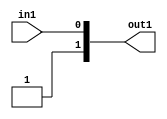
`timescale 1ps / 1ps
/*****************************************************************************
    Verilog RTL Description
    
    
    Created by: Stratus DpOpt 21.05.01 
*******************************************************************************/

module dut_entirecomputation_4 (
	in1,
	out1
	); /* architecture "behavioural" */ 
input  in1;
output [1:0] out1;
wire [1:0] asc003;

assign asc003 = {1'B1,in1};

assign out1 = asc003;
endmodule

/* CADENCE  urb5TAE= : u9/ySxbfrwZIxEzHVQQV8Q== ** DO NOT EDIT THIS LINE ******/